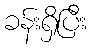
ခန်းရှိပြီး